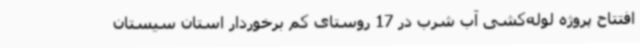
افتتاح پروژه لوله‌کشی آب شرب در 17 روستای کم برخوردار استان سیستان